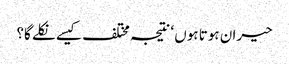
حیران ہوتا ہوں ‘ نتیجہ مختلف کیسے نکلے گا؟